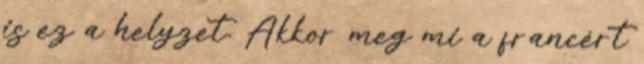
is ez a helyzet. Akkor meg mi a francért